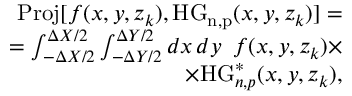
\begin{array} { r } { \mathrm { P r o j } [ f ( x , y , z _ { k } ) , \mathrm { H G _ { n , p } } ( x , y , z _ { k } ) ] = } \\ { = \int _ { - \Delta X / 2 } ^ { \Delta X / 2 } \int _ { - \Delta Y / 2 } ^ { \Delta Y / 2 } \mathop { d x } \mathop { d y } ~ f ( x , y , z _ { k } ) \times } \\ { \times \mathrm { H G } _ { n , p } ^ { * } ( x , y , z _ { k } ) , } \end{array}